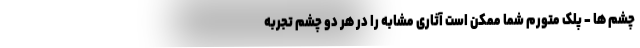
چشم ها - پلک متورم شما ممکن است آثاری مشابه را در هر دو چشم تجربه